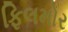
ફિલમોર